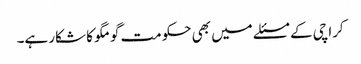
کراچی کے مسئلے میں بھی حکومت گومگو کا شکار ہے۔